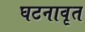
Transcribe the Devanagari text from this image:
घटनावृत